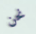
نحن